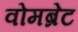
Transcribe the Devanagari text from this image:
वोमब्रेट